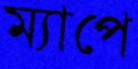
ম্যাপে